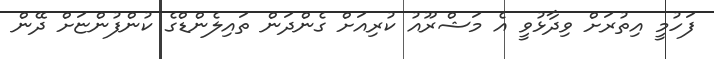
ފަހުމީ އިތުރަށް ވިދާޅުވީ އެ މަޝްރޫއު ކުރިއަށް ގެންދަން ތައިލެންޑްގެ ކުންފުންޏަށް ދޭން